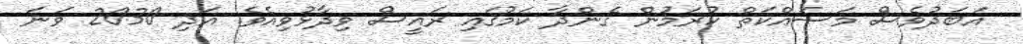
އަބަދުވެސް މަސައްކަތް ކުރަމުން ގެންދާ ކަމުގައި ރައީސް ވިދާޅުވިއެވެ. އަދި 2030 ވަނަ